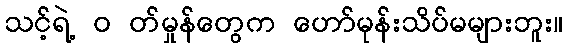
သင့်ရဲ့ ၀ တ်မှုန်တွေက ဟော်မုန်းသိပ်မများဘူး။